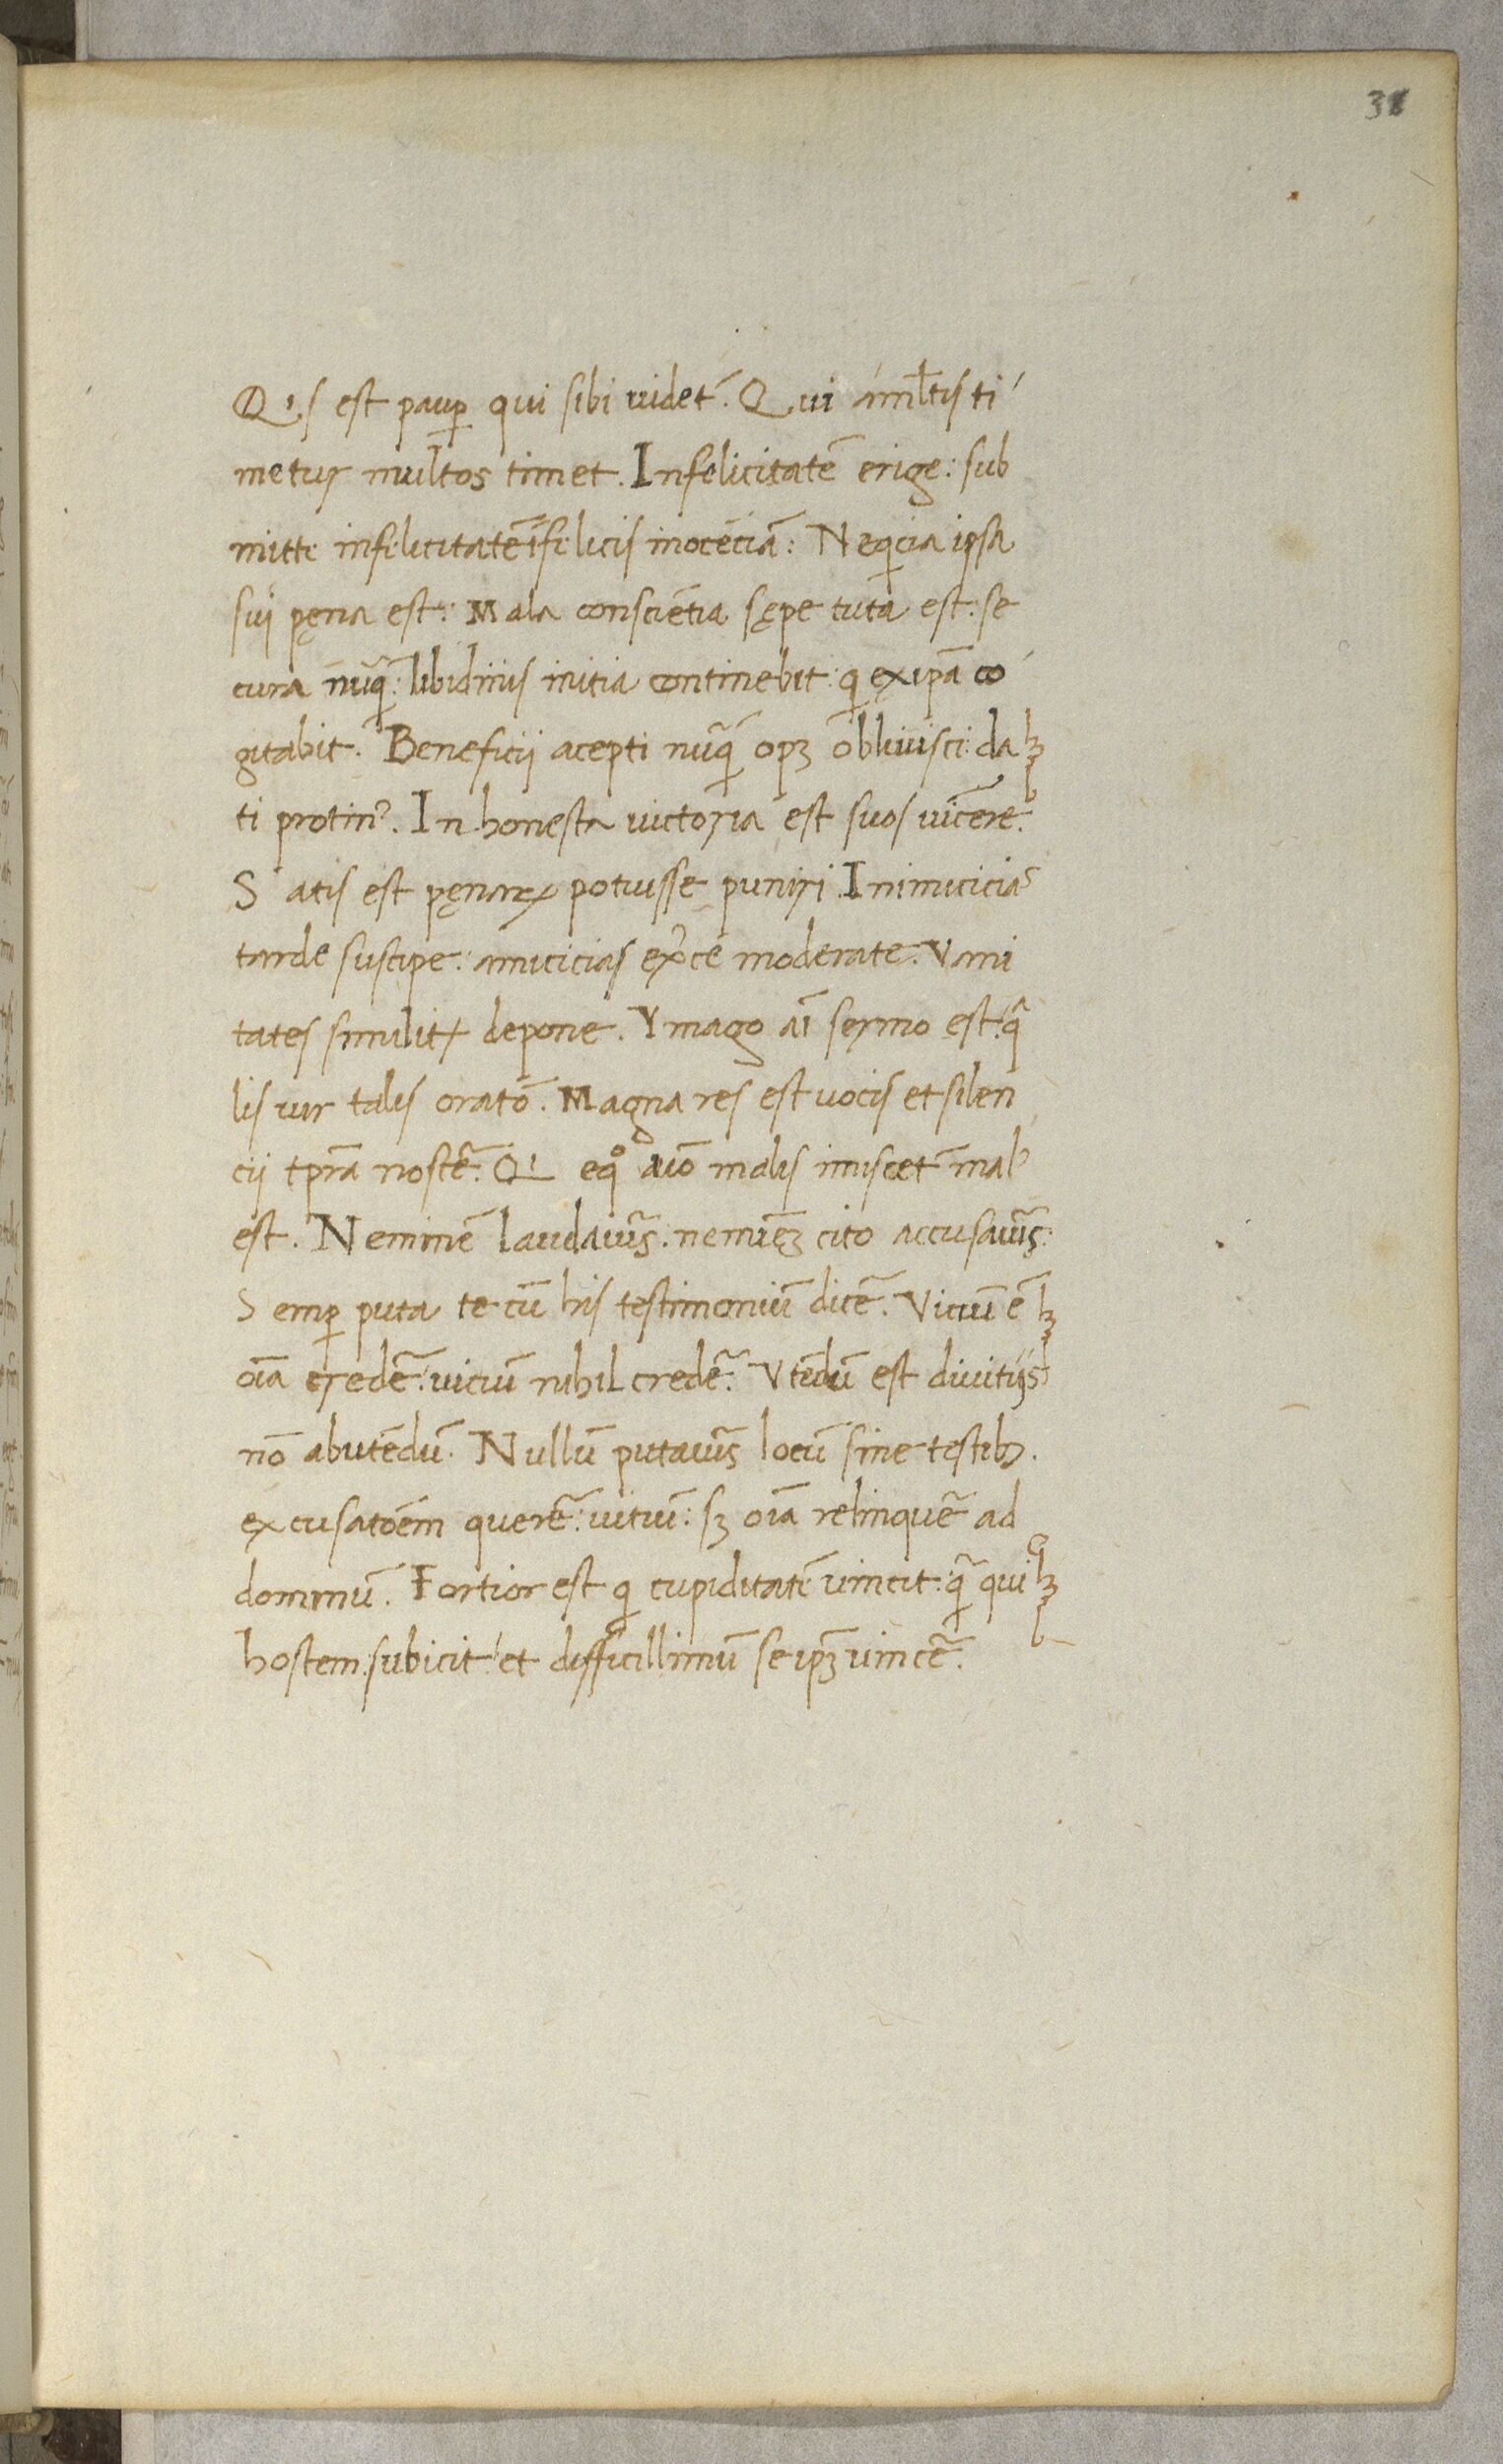
Shelfmark: Paris, BnF, NAL 632
Century: 15